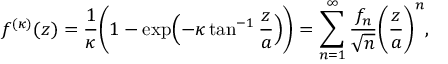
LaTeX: f ^ { ( \kappa ) } ( z ) = \frac { 1 } { \kappa } \biggl ( 1 - \exp \Bigl ( - \kappa \tan ^ { - 1 } \frac { z } { a } \Bigr ) \biggr ) = \sum _ { n = 1 } ^ { \infty } \frac { f _ { n } } { \sqrt { n } } \biggl ( \frac { z } { a } \biggr ) ^ { n } ,